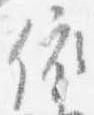
依